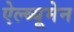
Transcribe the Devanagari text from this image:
ऐल्ब्यूमेन